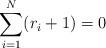
LaTeX: \begin{align*}\sum_{i=1}^N (r_i + 1) = 0\end{align*}